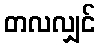
တလလျှင်